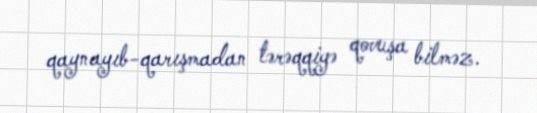
qaynayıb-qarışmadan tərəqqiyə qovuşa bilməz.